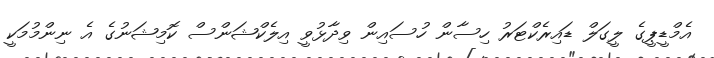
އެމްޑީޕީގެ ލީގަލް ޑައިރެކްޓަރު ހިސާން ހުސައިން ވިދާޅުވީ އިލެކްޝަންސް ކޮމިޝަނުގެ އެ ނިންމުމަކީ